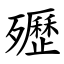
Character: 㱹